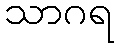
သာဂရ